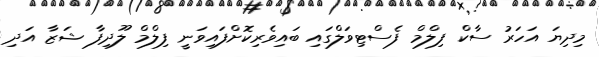
މިދިޔަ އަހަރު ސާކް ފިލްމް ފެސްޓިވަލްގައި ބައިވެރިކޮށްފައިވަނީ ފިލްމް ލޫދިފާ ޝަޒާ އަދި